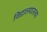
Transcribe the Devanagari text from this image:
विद्यालयातल्या